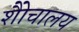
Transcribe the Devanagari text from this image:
शैोचालय